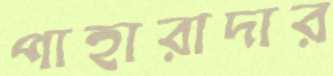
পাহারাদার